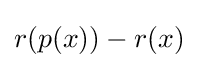
r(p(x))-r(x)